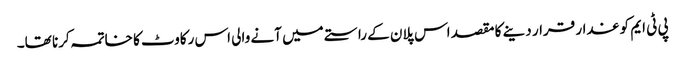
پی ٹی ایم کو غدار قرار دینے کا مقصد اس پلان کے راستے میں آنے والی اس رکاوٹ کا خاتمہ کرنا تھا۔